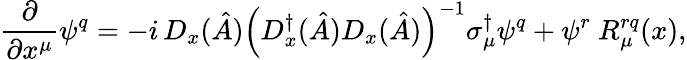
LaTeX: \frac{\partial}{\partial x^{\mu}}\psi^{q}=-i\, D_{x}(\hat{A})\left(D_{x}^{\dagger}(\hat{A})D_{x}(\hat{A})\right)^{-1}\sigma_{\mu}^{\dagger}\psi^{q}+\psi^{r}~R_{\mu}^{rq}(x),